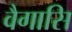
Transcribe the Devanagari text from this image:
वैगासि